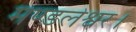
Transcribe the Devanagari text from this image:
मण्डलेश्वर।